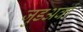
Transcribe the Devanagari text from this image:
जुडअवां